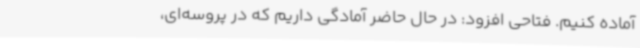
آماده کنیم. فتاحی افزود: در حال حاضر آمادگی داریم که در پروسه‌ای،